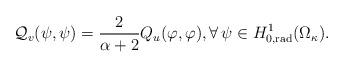
LaTeX: \begin{align*} \mathcal{Q}_v(\psi, \psi) = \frac{2}{\alpha+2} Q_u(\varphi, \varphi), \forall \, \psi \in H^1_{0,{\rm{rad}}}(\Omega_{\kappa}). \end{align*}